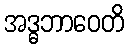
အဒ္ဓဘာဝေတိ